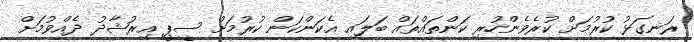
ރަނގަޅު ކުރުމަށް ކުރެވެންހުރި ކަންތައްތައް ބަލައި އެކަންކަން ކުރުމަށް ސީޕީ އިރުޝާދު ދެއްވުމަށް